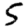
Digit: 5